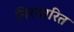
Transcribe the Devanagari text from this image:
निरधारित